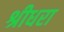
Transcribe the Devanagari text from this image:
श्रीधरा